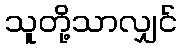
သူတို့သာလျှင်